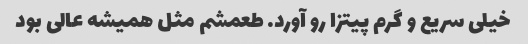
خیلی سریع و گرم پیتزا رو آورد. طعمشم مثل همیشه عالی بود